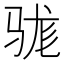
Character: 𮪡